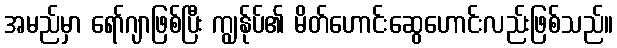
အမည်မှာ ရော်ဂျာဖြစ်ပြီး ကျွန်ုပ်၏ မိတ်ဟောင်းဆွေဟောင်းလည်းဖြစ်သည်။